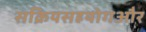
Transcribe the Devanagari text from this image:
सक्रियसहयोगऔर